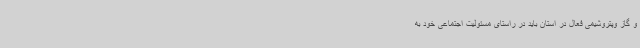
و گاز وپتروشیمی فعال در استان باید در راستای مسئولیت اجتماعی خود به